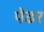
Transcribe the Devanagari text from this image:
पेढर